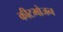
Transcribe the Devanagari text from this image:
कीटभोजन